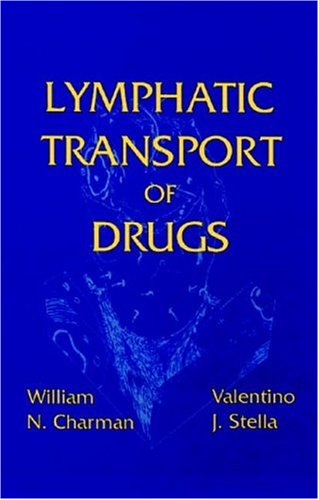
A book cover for Lymphatic Transport of Drugs; William N. Charman; Medical Books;